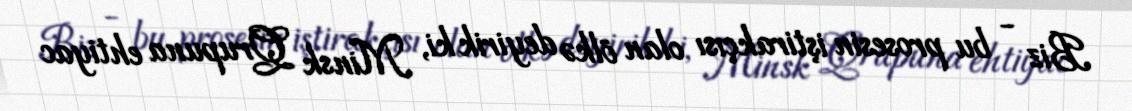
Biz - bu prosesin iştirakçısı olan ölkə deyirik ki, Minsk Qrupuna ehtiyac